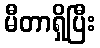
မီတာရှိပြီး